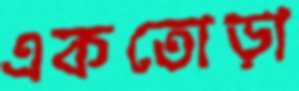
একতোড়া